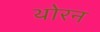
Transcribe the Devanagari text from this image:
थोरन